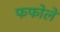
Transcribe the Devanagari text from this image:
फफोलें